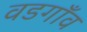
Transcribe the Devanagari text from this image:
वडगाँव